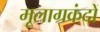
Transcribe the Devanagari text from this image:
मूलाग्रकंदों